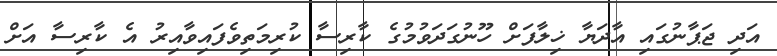
އަދި ޖަޕާނުގައި އާދަޔާ ޚިލާފަށް ހޫނުގަދަވުމުގެ ކާރިސާ ކުރިމަތިވެފައިވާއިރު އެ ކާރިސާ އަށް